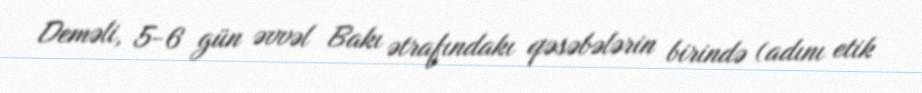
Deməli, 5-6 gün əvvəl Bakı ətrafındakı qəsəbələrin birində (adını etik